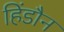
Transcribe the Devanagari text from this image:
हिंडौन